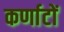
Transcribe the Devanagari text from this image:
कर्णाटों